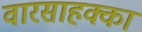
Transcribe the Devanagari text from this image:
वारसाहक्का